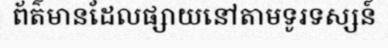
ព័ត៌មានដែលផ្សាយនៅតាមទូរទស្សន៍